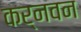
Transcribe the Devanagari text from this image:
कर्नवन